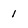
Character: 1